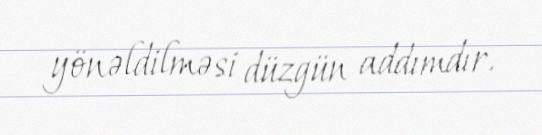
yönəldilməsi düzgün addımdır.